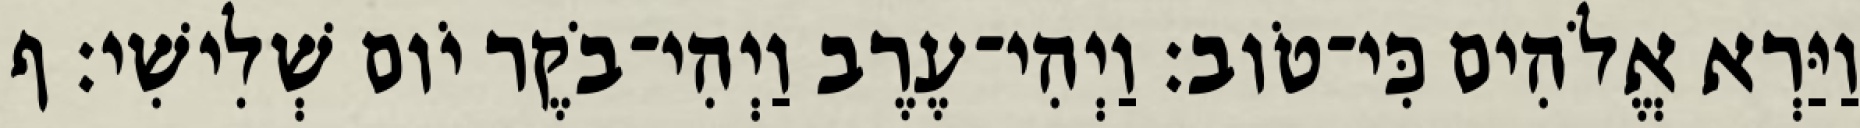
וַיַּרְא אֱלֹהִים כִּי־טֹוב׃ וַיְהִי־עֶרֶב וַיְהִי־בֹקֶר יֹום שְׁלִישִׁי׃ ף